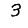
Digit: 3